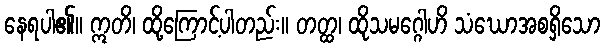
နေရပါ၏။ ဣတိ၊ ထို့ကြောင့်ပါတည်း။ တတ္ထ၊ ထိုသမဂ္ဂေါဟိ သံဃောအစရှိသော